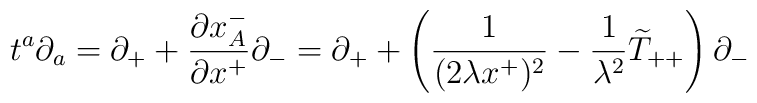
t^{a}\partial_{a}=\partial_+ +\frac{\partial x_A^-}{\partial x^+}\partial_-=\partial_+ +\left(\frac{1}{(2\lambda x^+)^2} -{1\over{\lambda^2}}\widetilde{T}_{++}\right)\partial_-